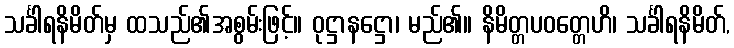
သင်္ခါရနိမိတ်မှ ထသည်၏အစွမ်းဖြင့်။ ဝုဋ္ဌာနဋ္ဌော၊ မည်၏။ နိမိတ္တပဝတ္တေဟိ၊ သင်္ခါရနိမိတ်,